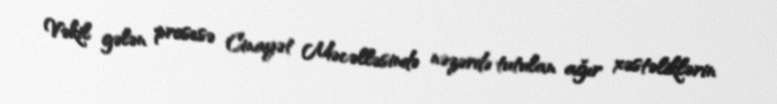
Vəkil gələn prosesə Cinayət Məcəlləsində nəzərdə tutulan ağır xəstəliklərin